Source: Handwritten
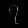
Digit: ၇ (7)